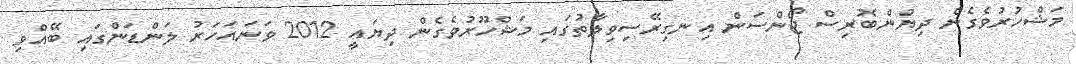
މަޝްހުރުވެގެން ދިޔުންބޮރިސް ޖޯންސަން އިނގިރޭސިވިލާތުގައި މަޝްހޫރުވެގެން ދިޔައީ 2012 ވަނައަހަރު ލަންޑަންގައި ބޭއްވި